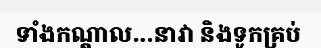
ទាំងកណ្តាល...នាវា និងទូកគ្រប់